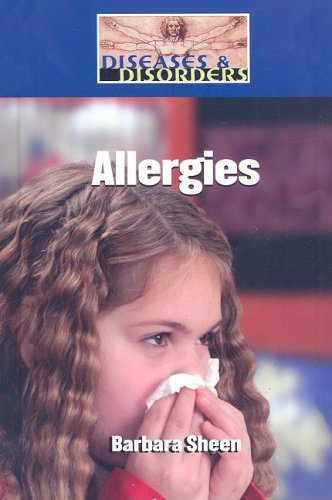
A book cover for Allergies (Diseases and Disorders); Barbara Sheen Busby; Health, Fitness & Dieting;